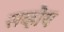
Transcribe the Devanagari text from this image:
सव्होय